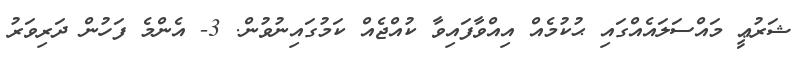
ޝަރުޢީ މައްސަލައެއްގައި ޙުކުމެއް އިއްވާފައިވާ ކުއްޖެއް ކަމުގައިނުވުން. 3- އެންމެ ފަހުން ދަރިވަރު